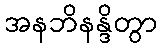
အနဘိနန္ဒိတွာ